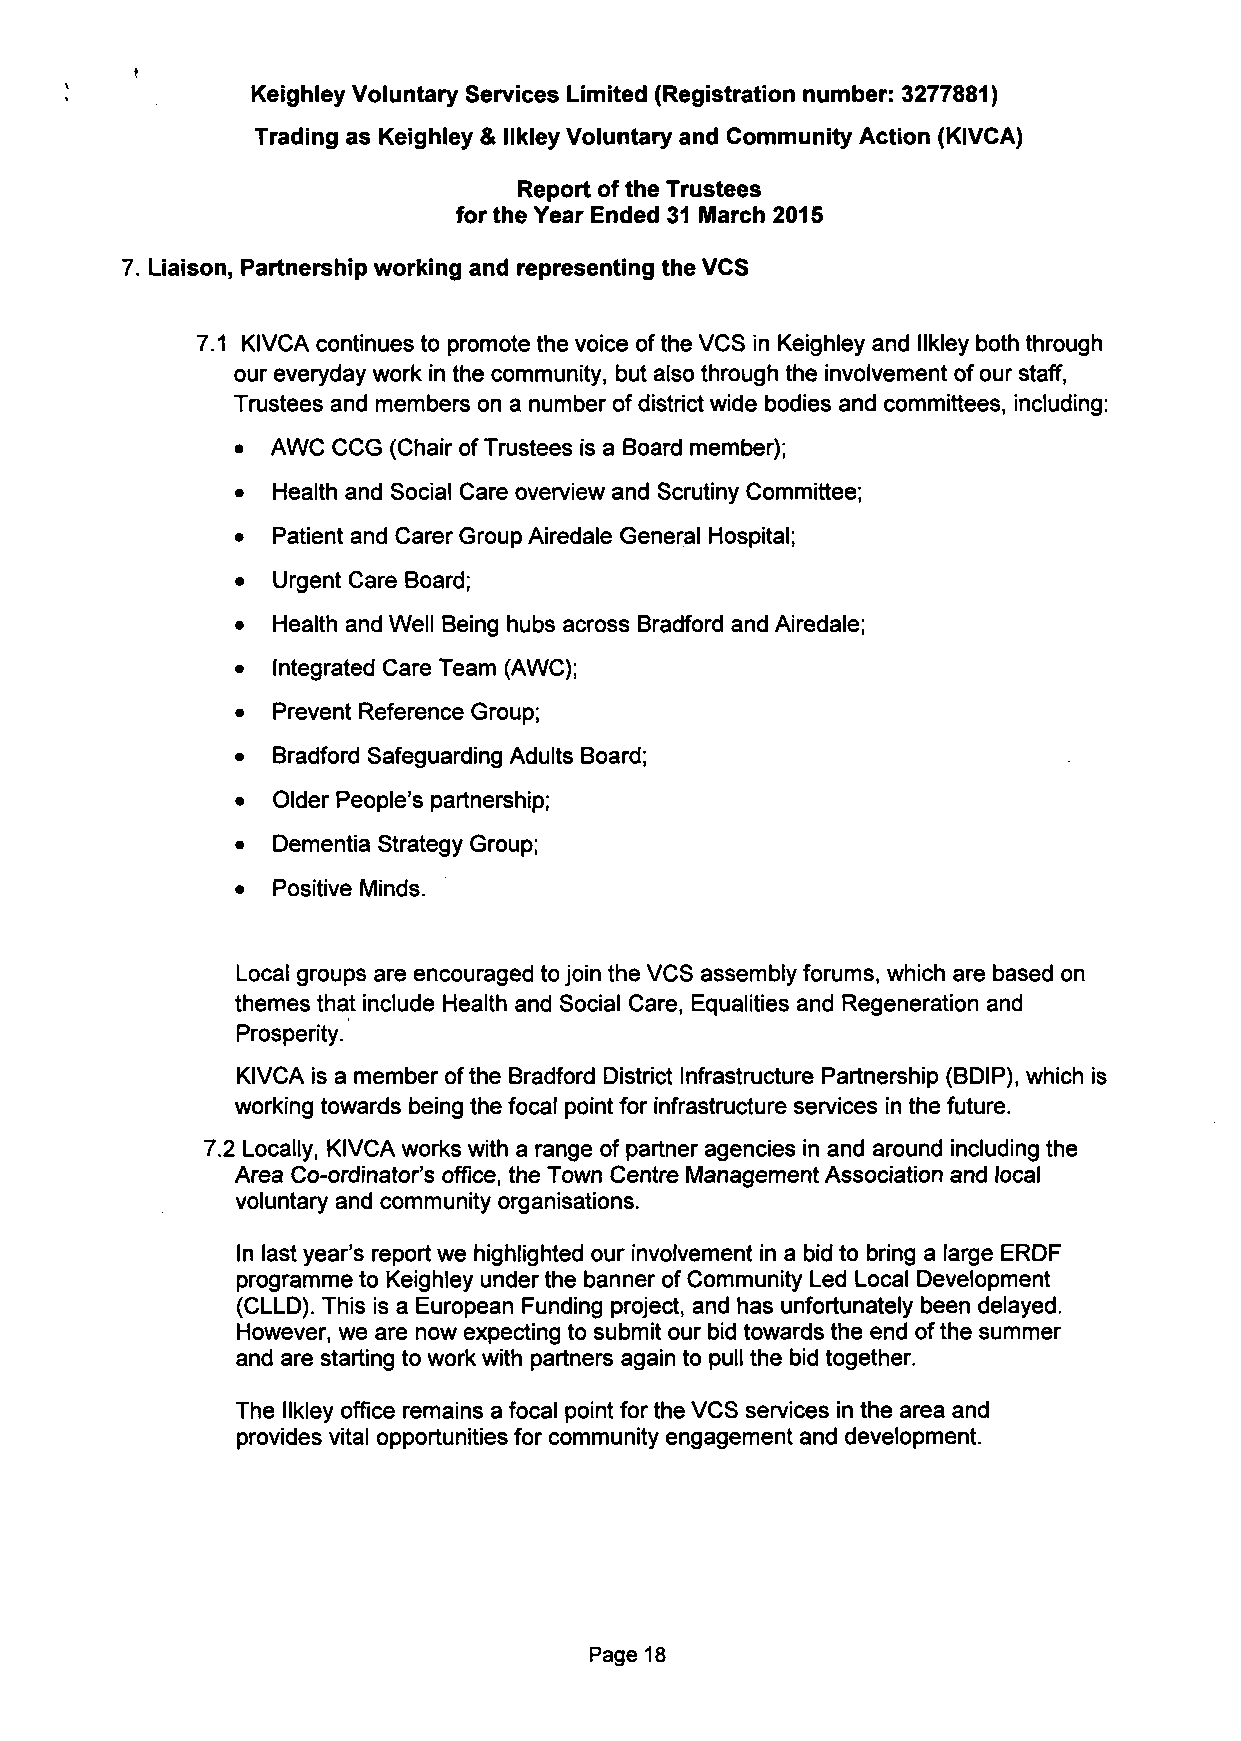
Keighley Voluntary Services Limited (Registration number: 3277881)
 Trading as Keighley & llkley Voluntary and Community Action (KIVCA)
 Report of the Trustees
 for the Year Ended 31 March 2015
 7. Liaison, Partnership working and representing the VCS
 7.1 KIVCA continues to promote the voice of the VCS in Keighley and llkley both through
 our everyday work in the community, but also through the involvement of our staff,
 Trustees and members on a number of district wide bodies and committees, including:
 • AWC CCG (Chair of Trustees is a Board member);
 • Health and Social Care overview and Scrutiny Committee;
 • Patient and Carer Group Airedale General Hospital;
 • Urgent Care Board;
 • Health and Well Being hubs across Bradford and Airedale;
 • Integrated Care Team (AWC);
 • Prevent Reference Group;
 • Bradford Safeguarding Adults Board;
 • Older People's partnership;
 • Dementia Strategy Group;
 • Positive Minds.
 Local groups are encouraged to join the VCS assembly forums, which are based on
 themes that include Health and Social Care, Equalities and Regeneration and
 Prosperity.
 KIVCA is a member ofthe Bradford District Infrastructure Partnership (BDIP), which is
 working towards being the focal point for infrastructure services in the future.
 7.2 Locally, KIVCA works with a range of partner agencies in and around including the
 Area Co-ordinator's office, the Town Centre Management Association and local
 voluntary and community organisations.
 In last year's report we highlighted our involvement in a bid to bring a large ERDF
 programme to Keighley under the banner of Community Led Local Development
 (CLLD). This is a European Funding project, and has unfortunately been delayed.
 However, we are now expecting to submit our bid towards the end of the summer
 and are starting to work with partners again to pull the bid together.
 The llkley office remains a focal point for the VCS services in the area and
 provides vital opportunities for community engagement and development.
 Page 18